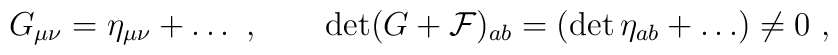
G_{\mu\nu} = \eta_{\mu\nu} + \dots \ , \qquad \det (G+ {\cal F})_{ab}  = (\det\eta_{ab} + \dots)  \neq 0 \ ,